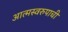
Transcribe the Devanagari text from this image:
आत्मस्वरुपाची